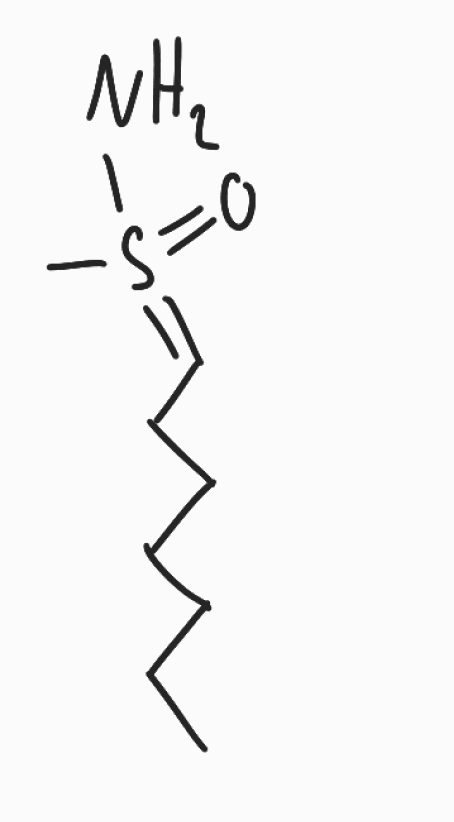
Simplified molecular-input line-entry system (SMILES) notation of the given molecule:
CCCCCCC=S(=O)(C)N